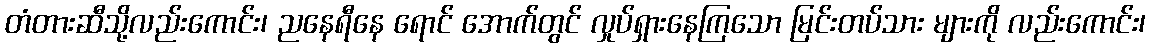
တံတားဆီသို့လည်းကောင်း၊ ညနေရီနေ ရောင် အောက်တွင် လှုပ်ရှားနေကြသော မြင်းတပ်သား များကို လည်းကောင်း၊